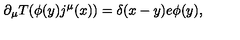
\partial _ { \mu } T ( \phi ( y ) j ^ { \mu } ( x ) ) = \delta ( x - y ) e \phi ( y ) ,